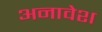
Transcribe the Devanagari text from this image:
अनावेश